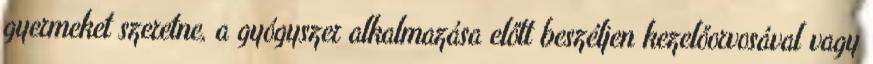
gyermeket szeretne, a gyógyszer alkalmazása előtt beszéljen kezelőorvosával vagy